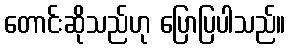
တောင်းဆိုသည်ဟု ပြောပြပါသည်။